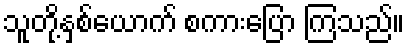
သူတို့နှစ်ယောက် စကားပြော ကြသည်။